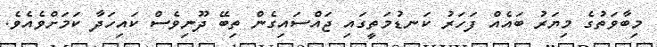
މިބާވަތުގެ މިޔަރު ބައެއް ފަހަރު ކަނޑުމަތީގައި ޖައްސައިގެން ތިބޭ ދޫނިވެސް ކައިހަދާ ކަމަށްވެއެވެ.